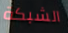
الشبكة